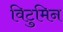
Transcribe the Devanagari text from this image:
विटुमिन